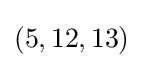
\left(5,12,13\right)